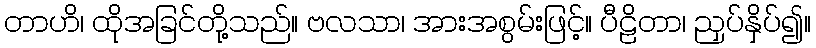
တာဟိ၊ ထိုအခြင်တို့သည်။ ဗလသာ၊ အားအစွမ်းဖြင့်။ ပီဠိတာ၊ ညှပ်နှိပ်၍။